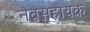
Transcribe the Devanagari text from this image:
नवसहायक